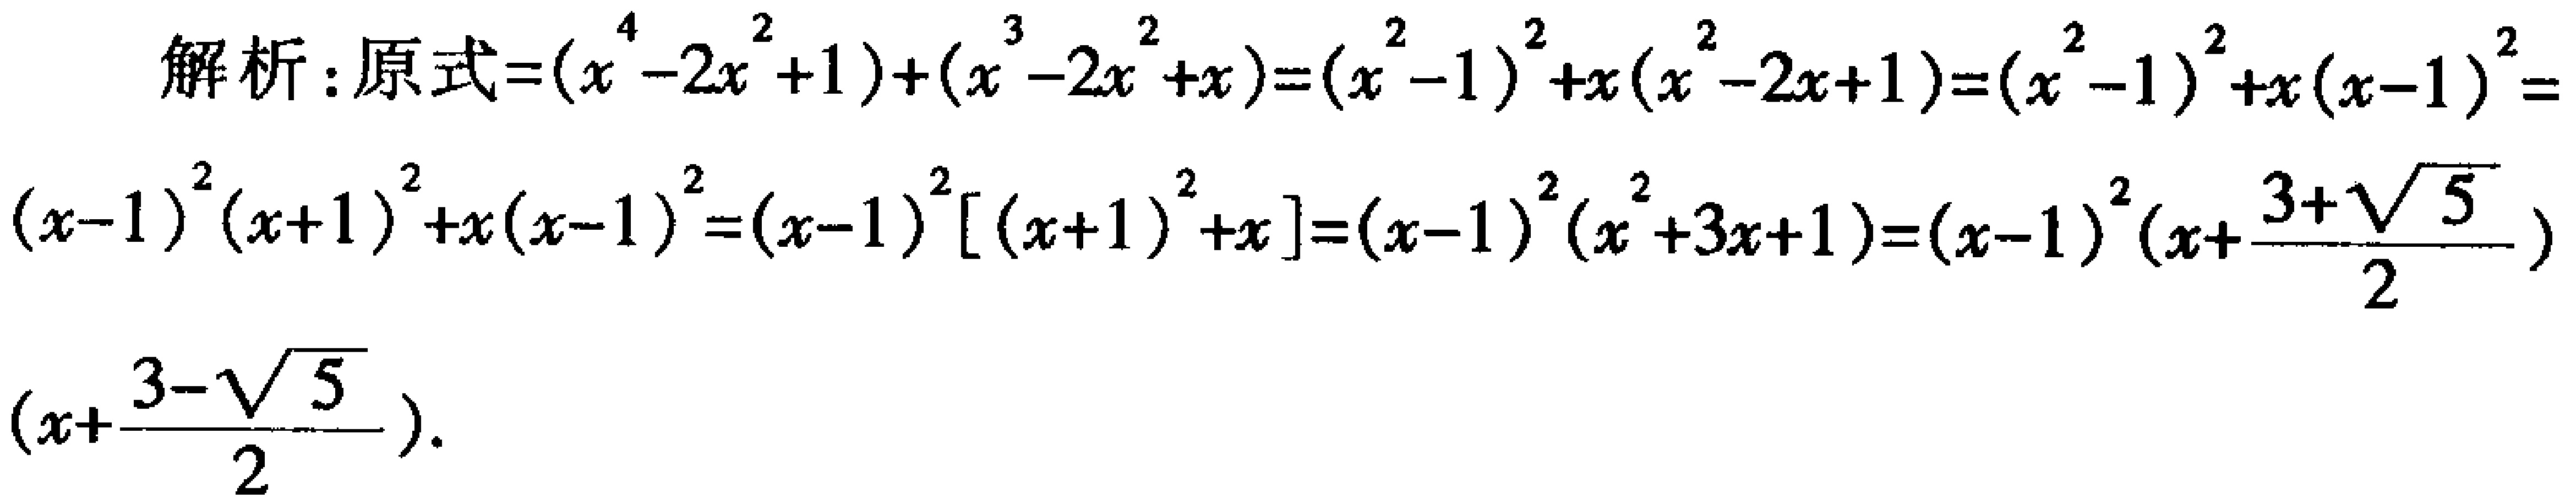
解析：原式\(=(x^{4}-2x^{2}+1)+(x^{3}-2x^{2}+x)=(x^{2}-1)^{2}+x(x^{2}-2x + 1)=(x^{2}-1)^{2}+x(x - 1)^{2}=(x - 1)^{2}(x + 1)^{2}+x(x - 1)^{2}=(x - 1)^{2}[(x + 1)^{2}+x]=(x - 1)^{2}(x^{2}+3x + 1)=(x - 1)^{2}(x+\frac{3+\sqrt{5}}{2})(x+\frac{3-\sqrt{5}}{2})\)。